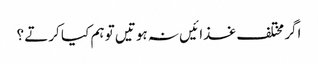
اگر مختلف غذا ئیں نہ ہوتیں تو ہم کیا کرتے ؟